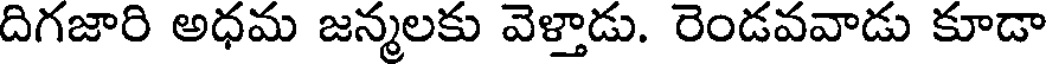
దిగజారి అధమ జన్మలకు వెళ్తాడు. రెండవవాడు కూడా